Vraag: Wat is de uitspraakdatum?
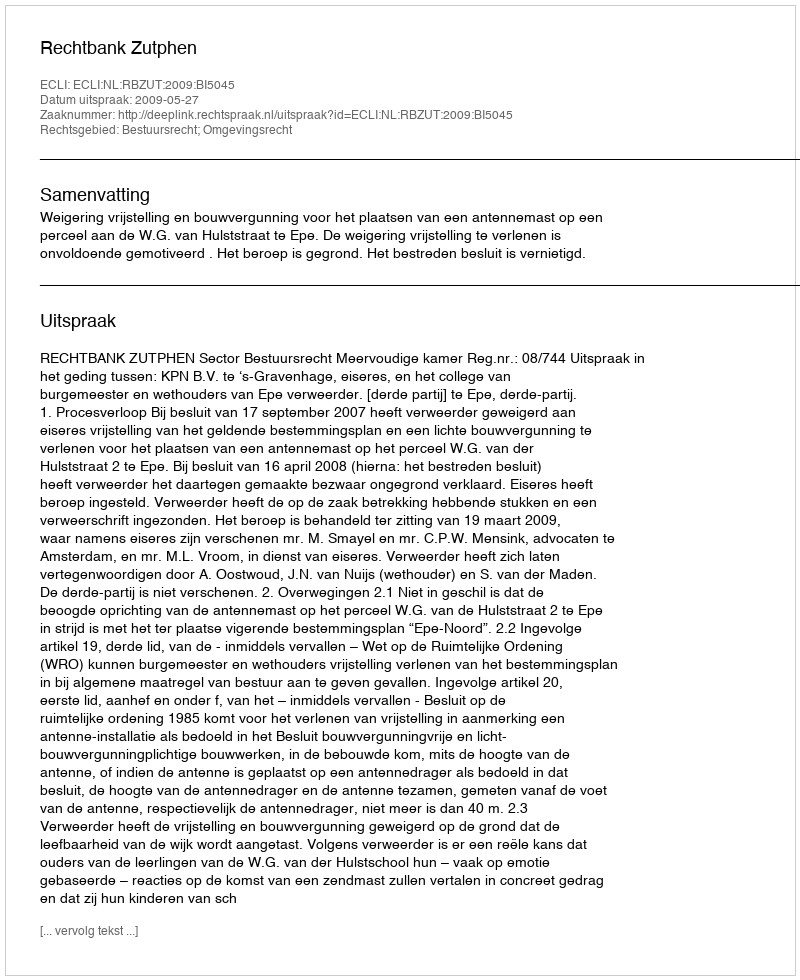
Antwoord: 2009-05-27